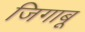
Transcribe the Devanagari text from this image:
जिगाबू